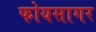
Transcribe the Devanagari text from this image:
फोयसागर